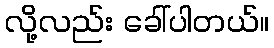
လို့လည်း ခေါ်ပါတယ်။